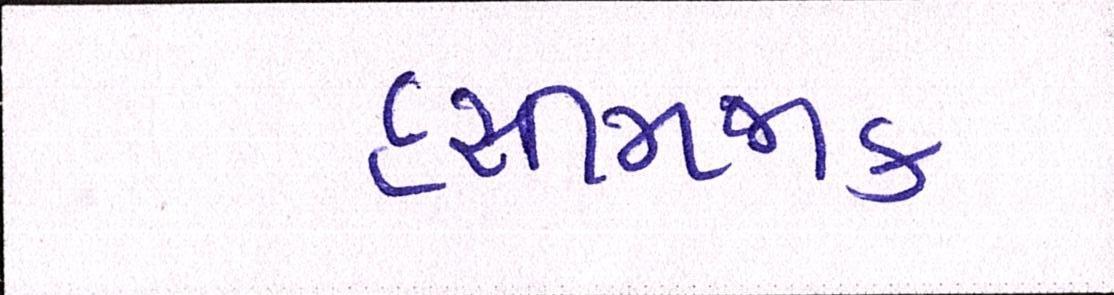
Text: હસીમજાક